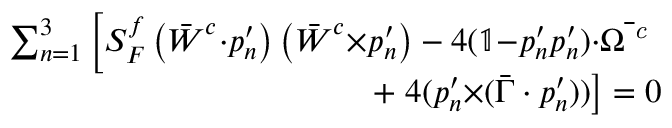
\begin{array} { r } { \sum _ { n = 1 } ^ { 3 } \left[ S _ { F } ^ { f } \left( \bar { \boldsymbol { W } } ^ { c } { \cdot } \boldsymbol { p } _ { n } ^ { \prime } \right) \left( \bar { \boldsymbol { W } } ^ { c } { \times } \boldsymbol { p } _ { n } ^ { \prime } \right) - 4 ( \mathbb { 1 } { - } \boldsymbol { p } _ { n } ^ { \prime } \boldsymbol { p } _ { n } ^ { \prime } ) { \cdot } \bar { \boldsymbol { \Omega } ^ { \textit { c } } } \right. } \\ { + \left. 4 ( \boldsymbol { p } _ { n } ^ { \prime } { \times } ( \bar { \boldsymbol { \Gamma } } \cdot \boldsymbol { p } _ { n } ^ { \prime } ) ) \right] = 0 } \end{array}